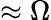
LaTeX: \approx\Omega